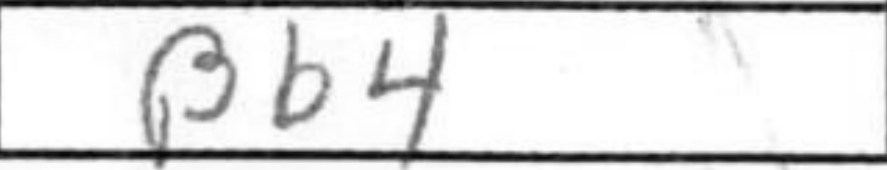
Transcription: Bb4